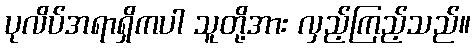
ပုလိပ်အရာရှိကပါ သူတို့အား လှည့်ကြည့်သည်။